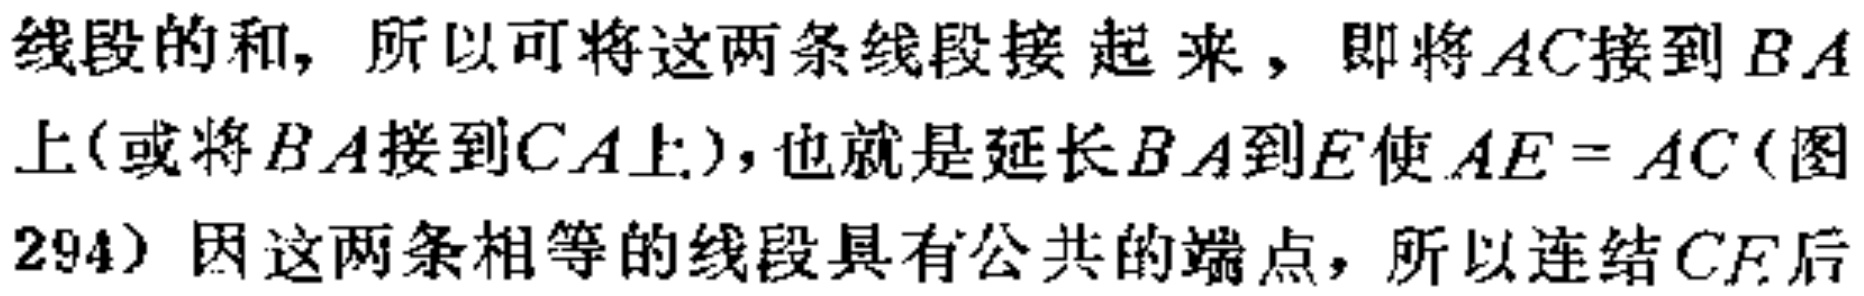
线段的和, 所以可将这两条线段接起来, 即将$AC$接到$BA$上(或将$BA$接到$CA$上), 也就是延长$BA$到$E$使$AE = AC$(图294) 因这两条相等的线段具有公共的端点, 所以连结$CE$后